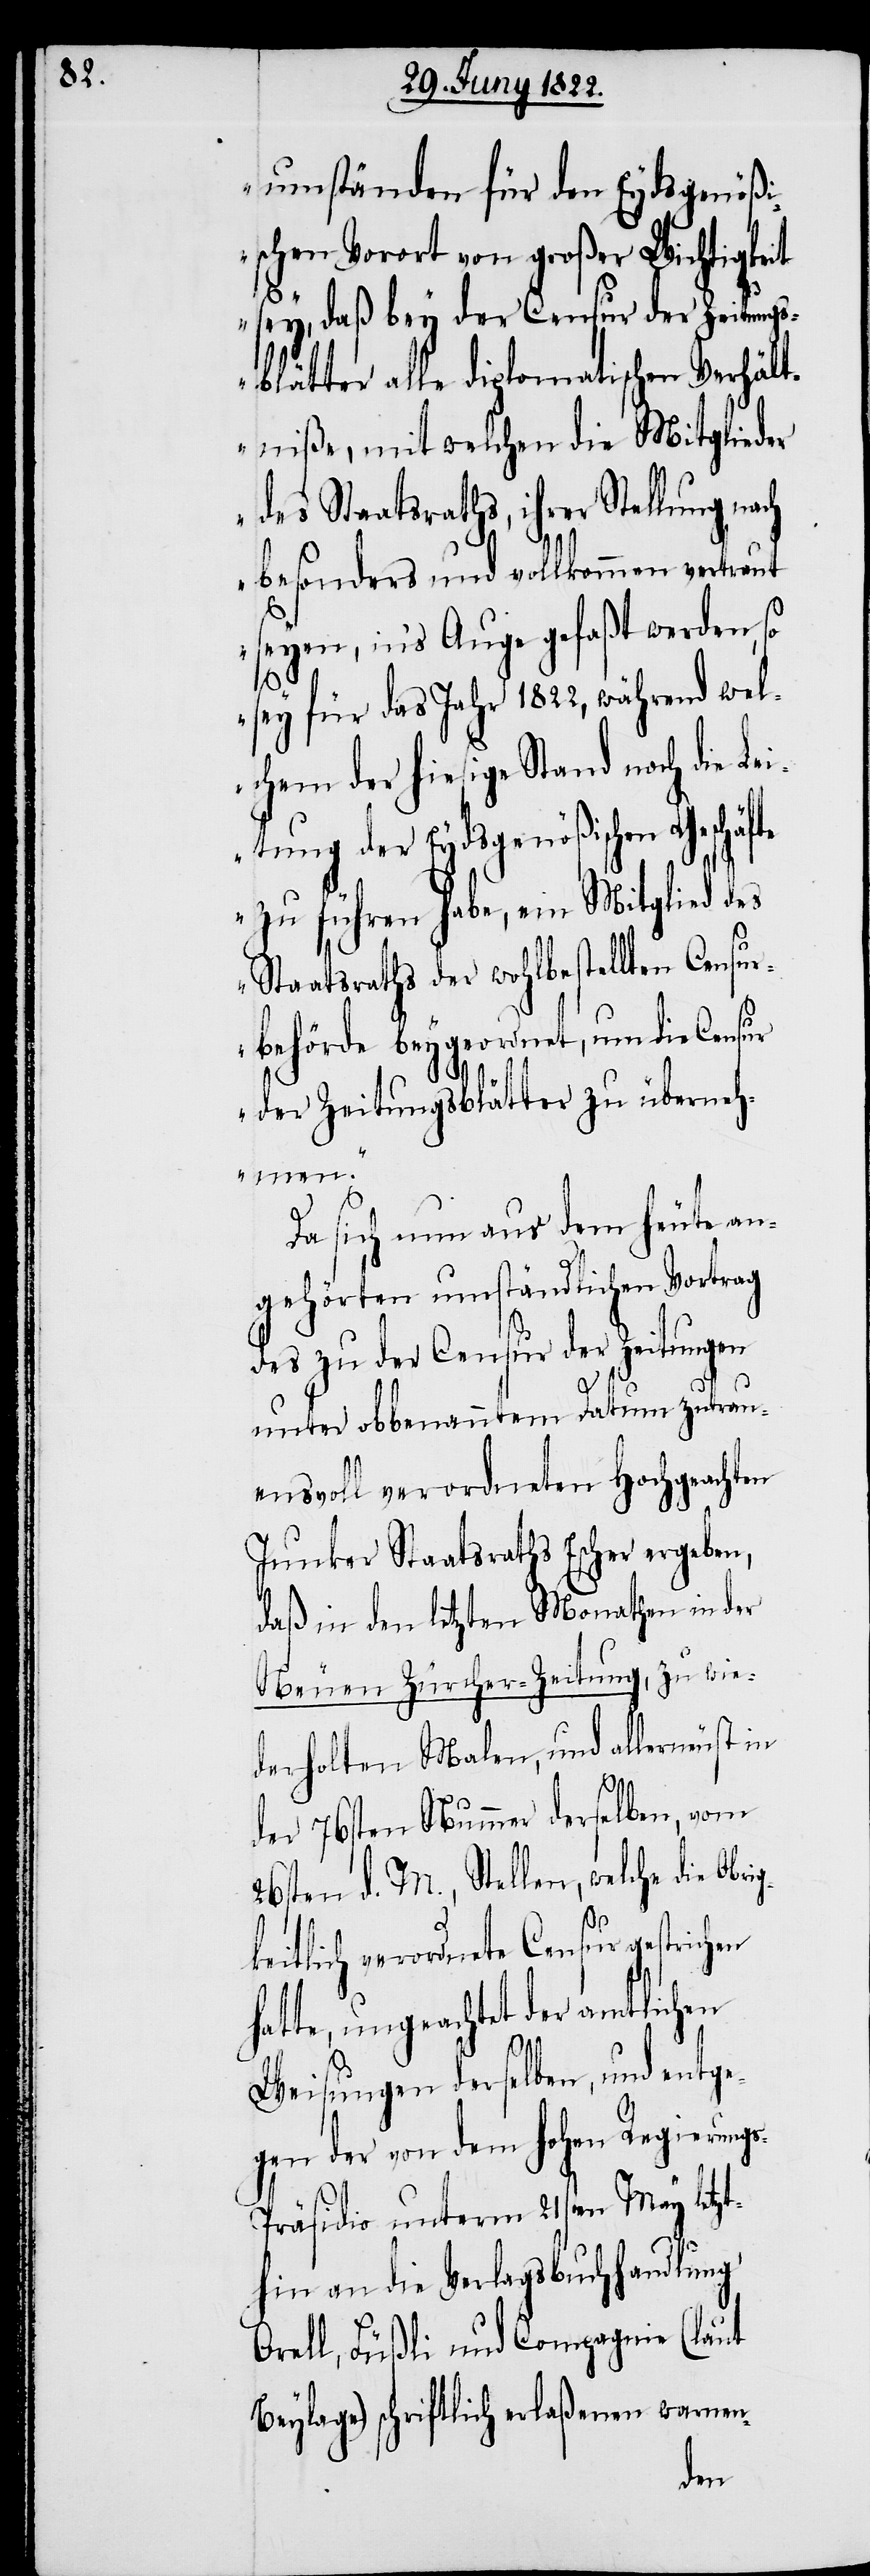
umständen für den Eydsgenößi¬
schen Vorort von großer Wichtigkeit
sey, daß bey der Censur der Zeitungs¬
blätter alle diplomatischen Verhält¬
niße, mit welchen die Mitglieder
des Staatsraths, ihrer Stellung nach
besonders und vollkommen vertraut
seyen, ins Auge gefaßt werden, so
sey für das Jahr 1822, während wel¬
chem der hiesige Stand noch die Le¬
itung der Eydsgenößischen Geschäfte
zu führen habe, ein Mitglied des
Staatsraths der wohlbestellten Censu¬
rbehörde beygeordnet, um die Censur
der Zeitungsblätter zu überneh¬
men.“
Da sich nun aus dem heute an¬
gehörten umständlichen Vortrag
des zu der Censur der Zeitungen
unter obbenanntem Datum zutrau¬
ensvoll verordneten Hochgeachten
Junker Staatsrath Escher ergeben,
daß in den letzten Monathen in der
Neuen Zürcher Zeitung, zu wie¬
derholten Malen, und allerneust in
s-P¬
der 76sten Nummer derselben, vom
26sten . d. M. Stellen, welche die Obri¬
g¬
keitlich verordnete Censur gestrichen
hatte, ungeachtet der amtlichen
Weisungen derselben, und entge¬
gen der von dem hohen Regierung¬
räsidio unterm 21sten May letzt¬
hin an die Verlagsbuchhandlung
Orell, Füßli und Compagnie (laut
Beylage) schriftlich erlaßenen warnen-